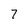
Character: 7